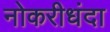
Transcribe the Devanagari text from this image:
नोकरीधंदा